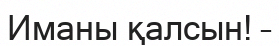
Иманы қалсын! –